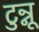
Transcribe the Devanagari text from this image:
टुन्नू